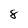
Character: 8